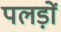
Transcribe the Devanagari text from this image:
पलड़ों